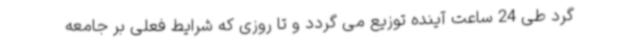
گرد طی 24 ساعت آینده توزیع می گردد و تا روزی که شرایط فعلی بر جامعه